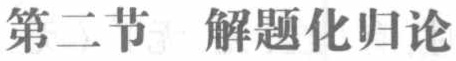
第二节  解题化归论